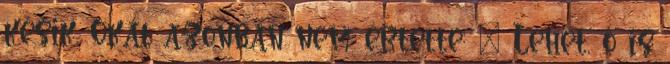
késik. Okát azonban nem értette: – Lehet, ő is